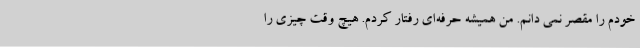
خودم را مقصر نمی دانم. من همیشه حرفه‌ای رفتار کردم. هیچ وقت چیزی را